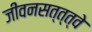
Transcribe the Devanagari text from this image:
जीवनसत्त्त्वे